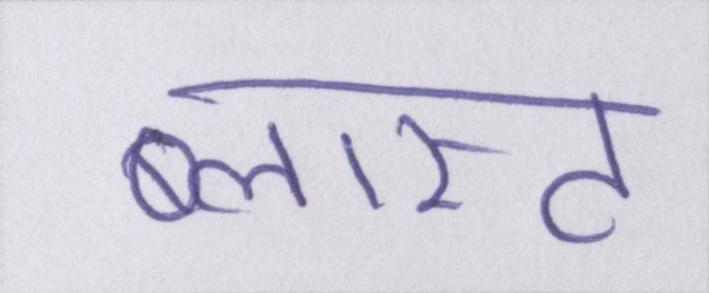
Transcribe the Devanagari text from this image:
ब्लास्ट